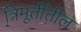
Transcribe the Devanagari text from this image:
त्रिमूर्तींतील